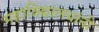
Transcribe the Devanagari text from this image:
महाविद्यालयांनी